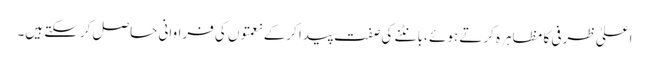
اعلیٰ ظرفی کا مظاہرہ کرتے ہوئے ،بانٹنے کی صفت پیدا کرکے نعمتوں کی فراوانی حاصل کرسکتے ہیں۔